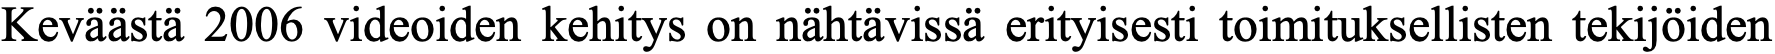
Keväästä 2006 videoiden kehitys on nähtävissä erityisesti toimituksellisten tekijöiden